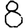
Digit: 8